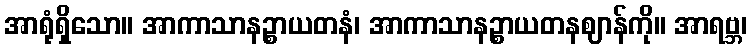
အာရုံရှိသော။ အာကာသာနဉ္စာယတနံ၊ အာကာသာနဉ္စာယတနဈာန်ကို။ အာရဗ္ဘ၊